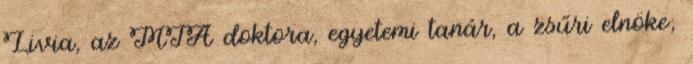
Livia, az MTA doktora, egyetemi tanár, a zsűri elnöke;